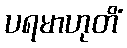
ပရမာဟုတိံ